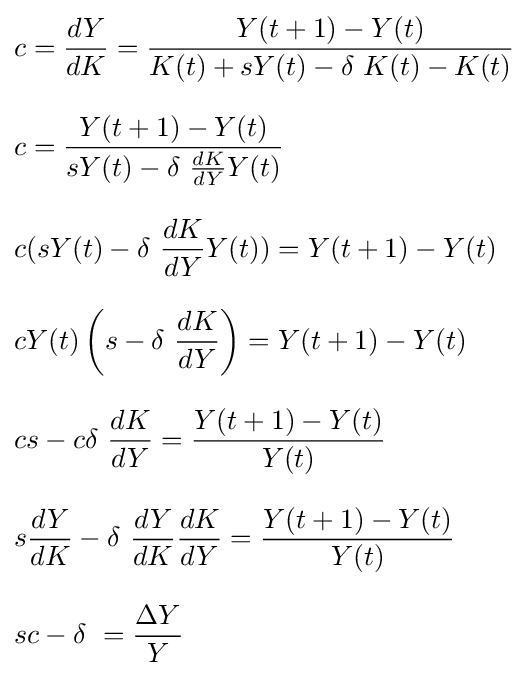
{\begin{aligned}&c={\frac {dY}{dK}}={\frac {Y(t+1)-Y(t)}{K(t)+sY(t)-\delta \ K(t)-K(t)}}\\[8pt]&c={\frac {Y(t+1)-Y(t)}{sY(t)-\delta \ {\frac {dK}{dY}}Y(t)}}\\[8pt]&c(sY(t)-\delta \ {\frac {dK}{dY}}Y(t))=Y(t+1)-Y(t)\\[8pt]&cY(t)\left(s-\delta \ {\frac {dK}{dY}}\right)=Y(t+1)-Y(t)\\[8pt]&cs-c\delta \ {\frac {dK}{dY}}={\frac {Y(t+1)-Y(t)}{Y(t)}}\\[8pt]&s{\frac {dY}{dK}}-\delta \ {\frac {dY}{dK}}{\frac {dK}{dY}}={\frac {Y(t+1)-Y(t)}{Y(t)}}\\[8pt]&sc-\delta \ ={\frac {\Delta Y}{Y}}\end{aligned}}